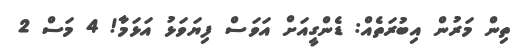
ތިން މަރުން އިބުރަތެއް: ޑެންގީއަށް އަވަސް ފިޔަވަޅު އަޅަމާ! 4 މަސް 2